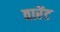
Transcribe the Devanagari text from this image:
वारेंट